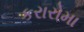
કરારોમા